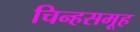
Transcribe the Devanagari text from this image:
चिन्हसमूह